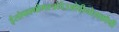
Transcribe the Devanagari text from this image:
ईसोफागोगस्त्रोदेउओदीनोसकोपी